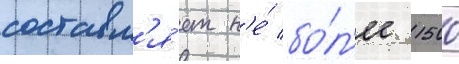
составл'я́ет н'е́ бо́л'ее 1500